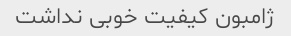
ژامبون کیفیت خوبی نداشت